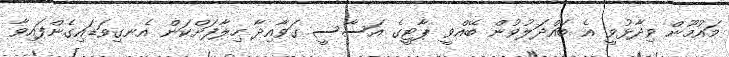
މައުމޫން ވިދާޅުވީ އެ ބައްދަލުވުން ބޭއްވީ ޕާޓީގެ އަސާސީ ގަވާއިދާ ހިލާފަށްކަން އެނގިވަޑައިގެންފައިވާ